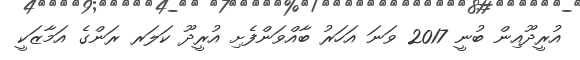
އުރީދޫއިން ބުނީ 2017 ވަނަ އަހަރު ބާއްވަންފެށި އުރީދޫ ކަލަރ ރަންގެ އަމާޒަކީ